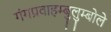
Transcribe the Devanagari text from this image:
गंगप्रवाहम्बुलुम्बोले